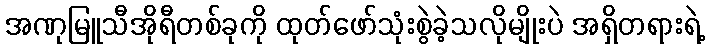
အဏုမြူသီအိုရီတစ်ခုကို ထုတ်ဖော်သုံးစွဲခဲ့သလိုမျိုးပဲ အရှိတရားရဲ့